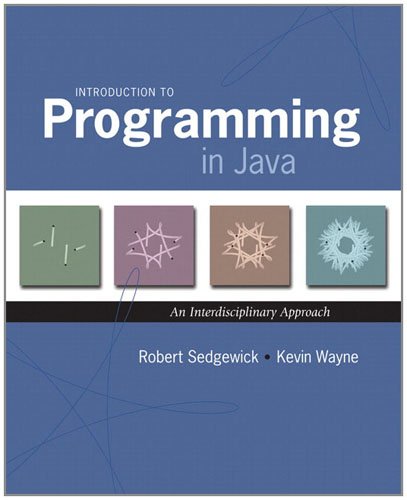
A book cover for Introduction to Programming in Java: An Interdisciplinary Approach; Robert Sedgewick; Computers & Technology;